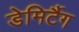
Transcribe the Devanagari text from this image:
डेमिर्टैग